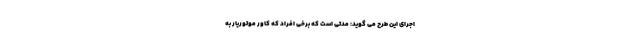
اجرای این طرح می گوید: مدتی است که برخی افراد که کاور موتوریار به